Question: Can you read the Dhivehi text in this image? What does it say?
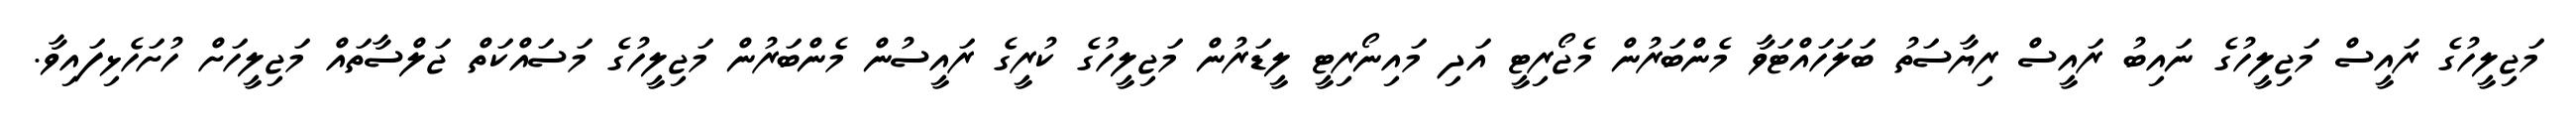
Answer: މަޖިލީހުގެ ރައީސް މަޖިލީހުގެ ނައިބު ރައީސް ރިޔާސަތު ބަލަހައްޓަވާ މެންބަރުން މެޖޯރިޓީ އަދި މައިނޯރިޓީ ލީޑަރުން މަޖިލީހުގެ ކުރީގެ ރައީސުން މެންބަރުން މަޖިލީހުގެ މަސައްކަތް ޖަލްސާތައް މަޖިލީހަށް ހުށަހެޅިފައިވާ.